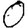
Digit: 0